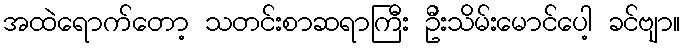
အထဲရောက်တော့ သတင်းစာဆရာကြီး ဦးသိမ်းမောင်ပေါ့ ခင်ဗျာ။